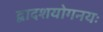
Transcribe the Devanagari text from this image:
द्वादशयोगनयः